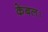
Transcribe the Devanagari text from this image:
केबल।